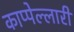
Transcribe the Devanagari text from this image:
काप्पेल्लारी